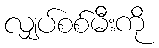
လျှပ်စစ်မီးကို